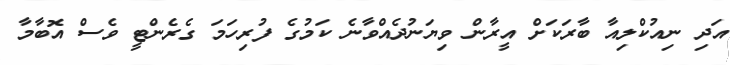
އަދި ނިއުކްލިއާ ބާރަކަށް އީރާން ވިޔަނުދެއްވާނެ ކަމުގެ ފުރިހަމަ ގެރެންޓީ ވެސް އޮބާމާ